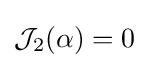
{\mathcal {J}}_{2}(\alpha )=0